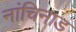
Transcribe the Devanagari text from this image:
नांचिनाड